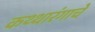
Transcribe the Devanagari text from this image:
कथ्थारंगाचे